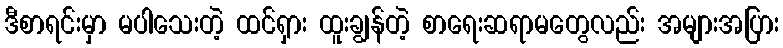
ဒီစာရင်းမှာ မပါသေးတဲ့ ထင်ရှား ထူးချွန်တဲ့ စာရေးဆရာမတွေလည်း အများအပြား